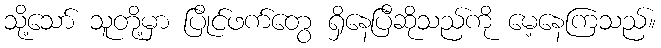
သို့သော် သူတို့မှာ ပြိုင်ဖက်တွေ ရှိနေပြီဆိုသည်ကို မေ့နေကြသည်။